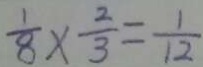
\frac { 1 } { 8 } \times \frac { 2 } { 3 } = \frac { 1 } { 1 2 }